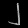
Digit: ၂